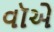
વૉએ